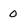
Character: 0